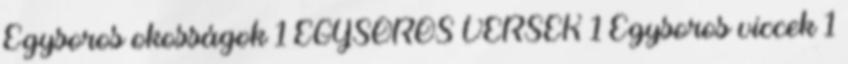
Egysoros okosságok 1 EGYSOROS VERSEK 1 Egysoros viccek 1